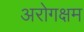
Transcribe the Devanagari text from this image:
अरोगक्षम